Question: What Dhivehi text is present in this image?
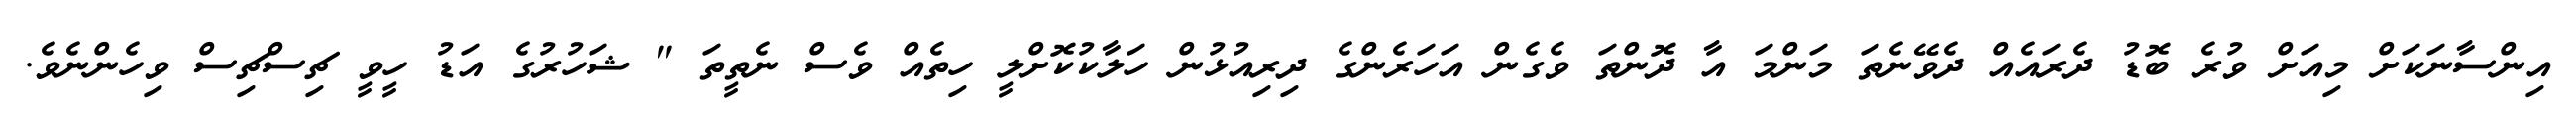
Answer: އިންސާނަކަށް މިއަށް ވުރެ ބޮޑު ދެރައެއް ދެވޭނެތަ މަންމަ އާ ދޮންތަ ވެގެން އަހަރެންގެ ދިރިއުޅުން ހަލާކުކޮށްލީ ހިތެއް ވެސް ނެތީތަ " ޝަހުރުގެ އަޑު ހީވީ ޗިސްޗިސް ވިހެންނެވެ.